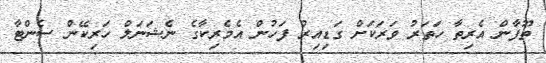
ތޫފާން އެރިތާ ހަތަރު ވަރަކަށް ގަޑިއިރު ފަހުން އެމެރިކާގެ ނެޝަނަލް ހަރިކޭން ސެންޓާ